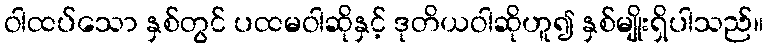
ဝါထပ်သော နှစ်တွင် ပထမဝါဆိုနှင့် ဒုတိယဝါဆိုဟူ၍ နှစ်မျိုးရှိပါသည်။